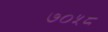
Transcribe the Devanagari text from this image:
७०५८